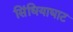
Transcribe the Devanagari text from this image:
सिंधियाघाट